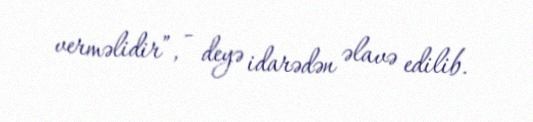
verməlidir”, - deyə idarədən əlavə edilib.